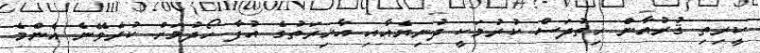
ކީރިތި ޤުރުއާން ހިތުދަސް ކުރުމަކީ ދުނިޔެއާއި އާޚިރަތުގެ އުފާ ހޯދުމަށް ކުރެވޭނެ އެންމެ